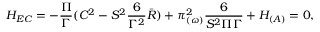
{ \cal H } _ { E C } = - \frac { \Pi } { \Gamma } ( C ^ { 2 } - S ^ { 2 } \frac { 6 } { \Gamma ^ { 2 } } \bar { R } ) + \pi _ { ( \omega ) } ^ { 2 } \frac { 6 } { S ^ { 2 } \Pi \Gamma } + { \cal H } _ { ( A ) } = 0 ,